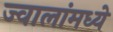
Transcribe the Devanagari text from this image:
ज्वालांमध्ये